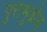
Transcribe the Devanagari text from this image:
पुरामुळेच